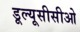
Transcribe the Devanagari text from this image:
डूल्यूसीसीओ